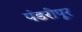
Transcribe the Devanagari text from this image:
पंडरीपूर